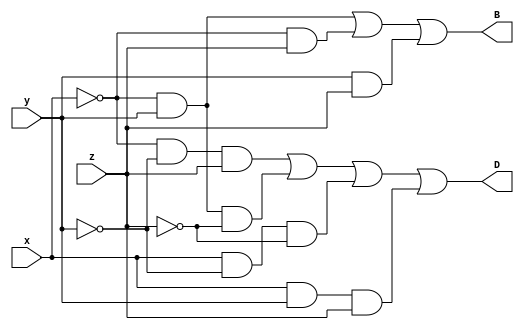
module fullSubtractor(B,D,x,y,z);
	`timescale 1ns/1ps
	output B,D;
	input x,y,z;
	
	assign D = (((!x)&&(!y)&&(z))||
			   ((!x)&&(y)&&(!z))||
			   ((x)&&(!y)&&(!z))||
			   ((x)&&(y)&&(z)));
	assign B = ( ((!x)&&(y))||
			   ((!x)&&(z))||
			   ((y)&&(z)) );
	endmodule